King Institute of Preventive Medicine Micro-Biological Section reports 1909-11
Year: 1909
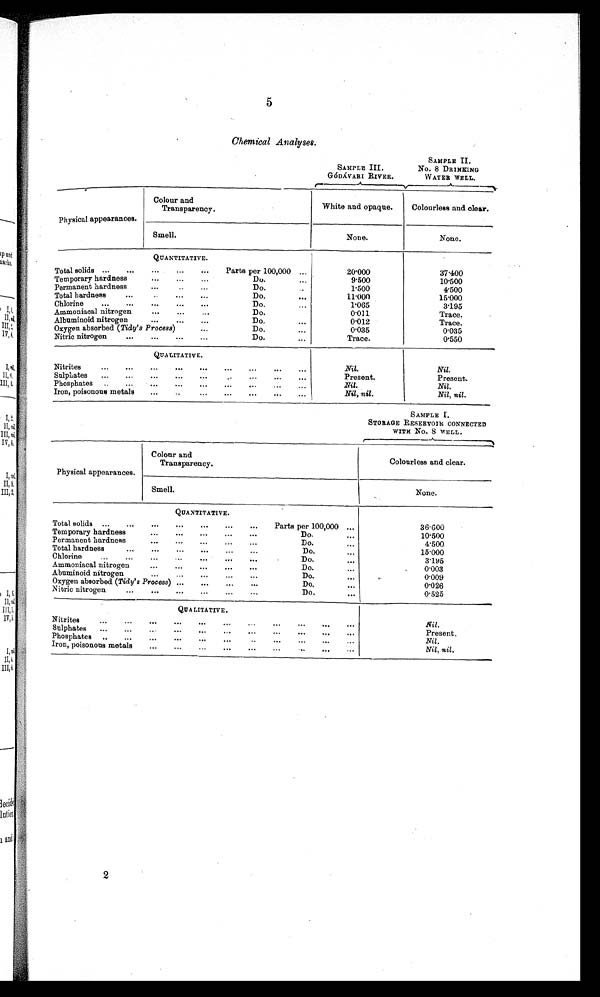
5
Chemical Analyses.
SAMPLE III.
GÓDÁVARI RIVER.
SAMPLE II.
No. 8 DRINKING
WATER WELL.
Physical appearances.
Colour and
Transparency.
White and opaque.
Colourless and clear.
Smell.
None.
None.
QUANTITATIVE.
Total solids ...
...
•... ... ...
Parts per 100,000 ...
20.000
37.400
Temporary hardness
...
...
...
Do. ...
9.500
10.500
Permanent hardness
...
...
Do.
1.500
4.500
Total hardness
...
...
...
Do...
11.000
15.000
Chlorine
...
...
...
...
...
D o . . . .
1.065
3.195
Ammoniacal nitrogen
...
...
D o . . . .
0.011
Trace.
Albuminoid nitrogen
...
...
...
Do.... 0.012
Trace.
Oxygen absorbed (Tidy's Process)
...
Do.
...
0.035
0.035
Nitric nitrogen
...
...
...
...
Do.. . . .
Trace.
0.550
QUALITATIVE.
Nitrites
...
...
...
..•
...
...
... ...
...
Nil.
Nil.
Sulphates... ... ....
Present.
Present.
Phosphates
. . .
. . .
. . .
. . .
. . .
. . .
. . .
. . .
Nil.
Nil.
Iron, poisonous metals...
... ... ... ... ... ...
Nil, nil.
Nil, nil.
SAMPLE I.
STORAGE RESERVOIR CONNECTED
WITH No. S WELL.
Physical appearances.
C olour and
Transparency.
Colourless and clear.
Smell.
None.
QUANTITATIVE.
Total solids ...
...
...
...
...
...
Parts per 100,000 ...
36.600
Temporary hardness
...
...
...
...
Do.... . . .
10.500
Permanent hardness
...
...
...
...
...
Do.
...
4.500
Total hardness
...
...
...
Do.
...
15.000
Chlorine
...
...
...
...
...
...
Do.
. . .
3.195
Ammoniacal nitrogen
...
...
...
...
Do.
...
0.003
Abnminoid nitrogen
...
...
...
...
Do.
...
0.009
Oxygen absorbed (Tidy's Process) ...
...
..,
...
Do. . . .
0.026
N itric nitrogen
...
...
...
...
Do.
. . .
0.525
QUALITATIVE.
Nitr ites
,..
...
... ...
...
...
...
...
...
...
...
N i l .
Sulphates
...
...
...
...
...
...
...
...
•••
•••
Present.
Phosphates
..
...
...
...
...
...
... ...
Nil.
Iron, poisonous metals
...
...
...
...
...
...
•••
..•
Nil, nil.
2